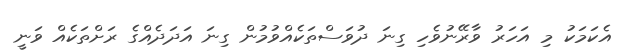
އެކަމަކު މި އަހަރު ވާރޭނުވެހި ގިނަ ދުވަސްތަކެއްވުމުން ގިނަ އަދަދެއްގެ ރަށްތަކެއް ވަނީ